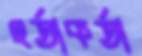
হর্তাকর্তা